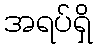
အရပ်ရှိ